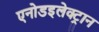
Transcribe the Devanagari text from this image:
एनोडइलेक्ट्रान